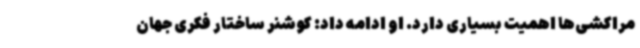
مراکشی‌ها اهمیت بسیاری دارد. او ادامه داد: کوشنر ساختار فکری جهان